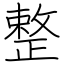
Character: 整